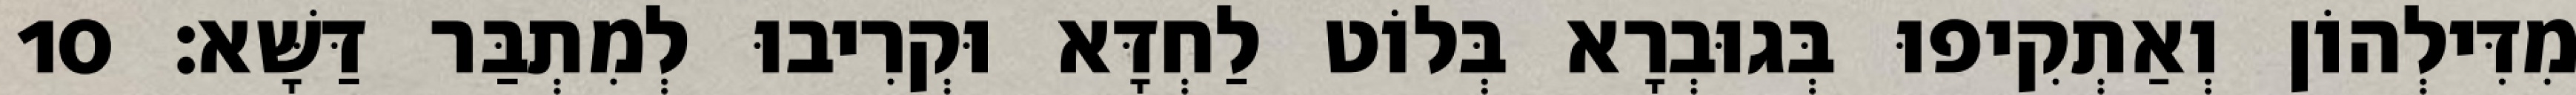
מִדִּילְהוֹן וְאַתְקִיפוּ בְּגוּבְרָא בְּלוֹט לַחְדָּא וּקְרִיבוּ לְמִתְבַּר דַּשָּׁא׃ 10